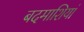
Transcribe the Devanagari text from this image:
बदमाशियां